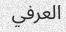
العرفي